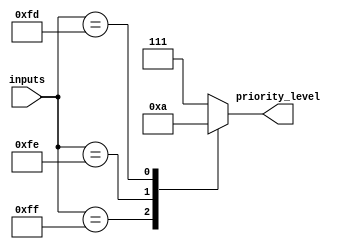
module decimal_priority_encoder(
    input [7:0] inputs,
    output reg [2:0] priority_level
);

always @(*) begin
    case(inputs)
        8'hFF: priority_level = 3'b000; // Highest priority level for input 255
        8'hFE: priority_level = 3'b001; // Second priority level for input 254
        8'hFD: priority_level = 3'b010; // Third priority level for input 253
        // Add more cases for other input values and priority levels as needed
        default: priority_level = 3'b111; // Default priority level
    endcase
end

endmodule